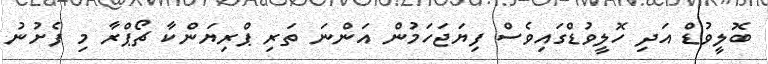
ބޮލީވުޑް އަދި ހޮލީވުޑްގައިވެސް ފިޔަޖަހަމުން އަންނަ ތަރި ޕްރިޔަންކާ ޗޯޕްރާ މި ފެށުނު